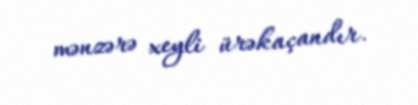
mənzərə xeyli ürəkaçandır.